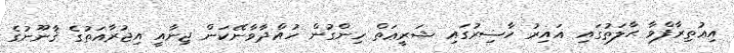
އިޢުތިރާފްވާ ޙާލަތުގައި ޣައިރު ހާޟިރުގައި ޝަރީޢަތް ހިންގުން ހުއްދާވާނޭކަން ޖިނާއީ އިޖުރާއަތުގެ ޤާނޫނުގެ